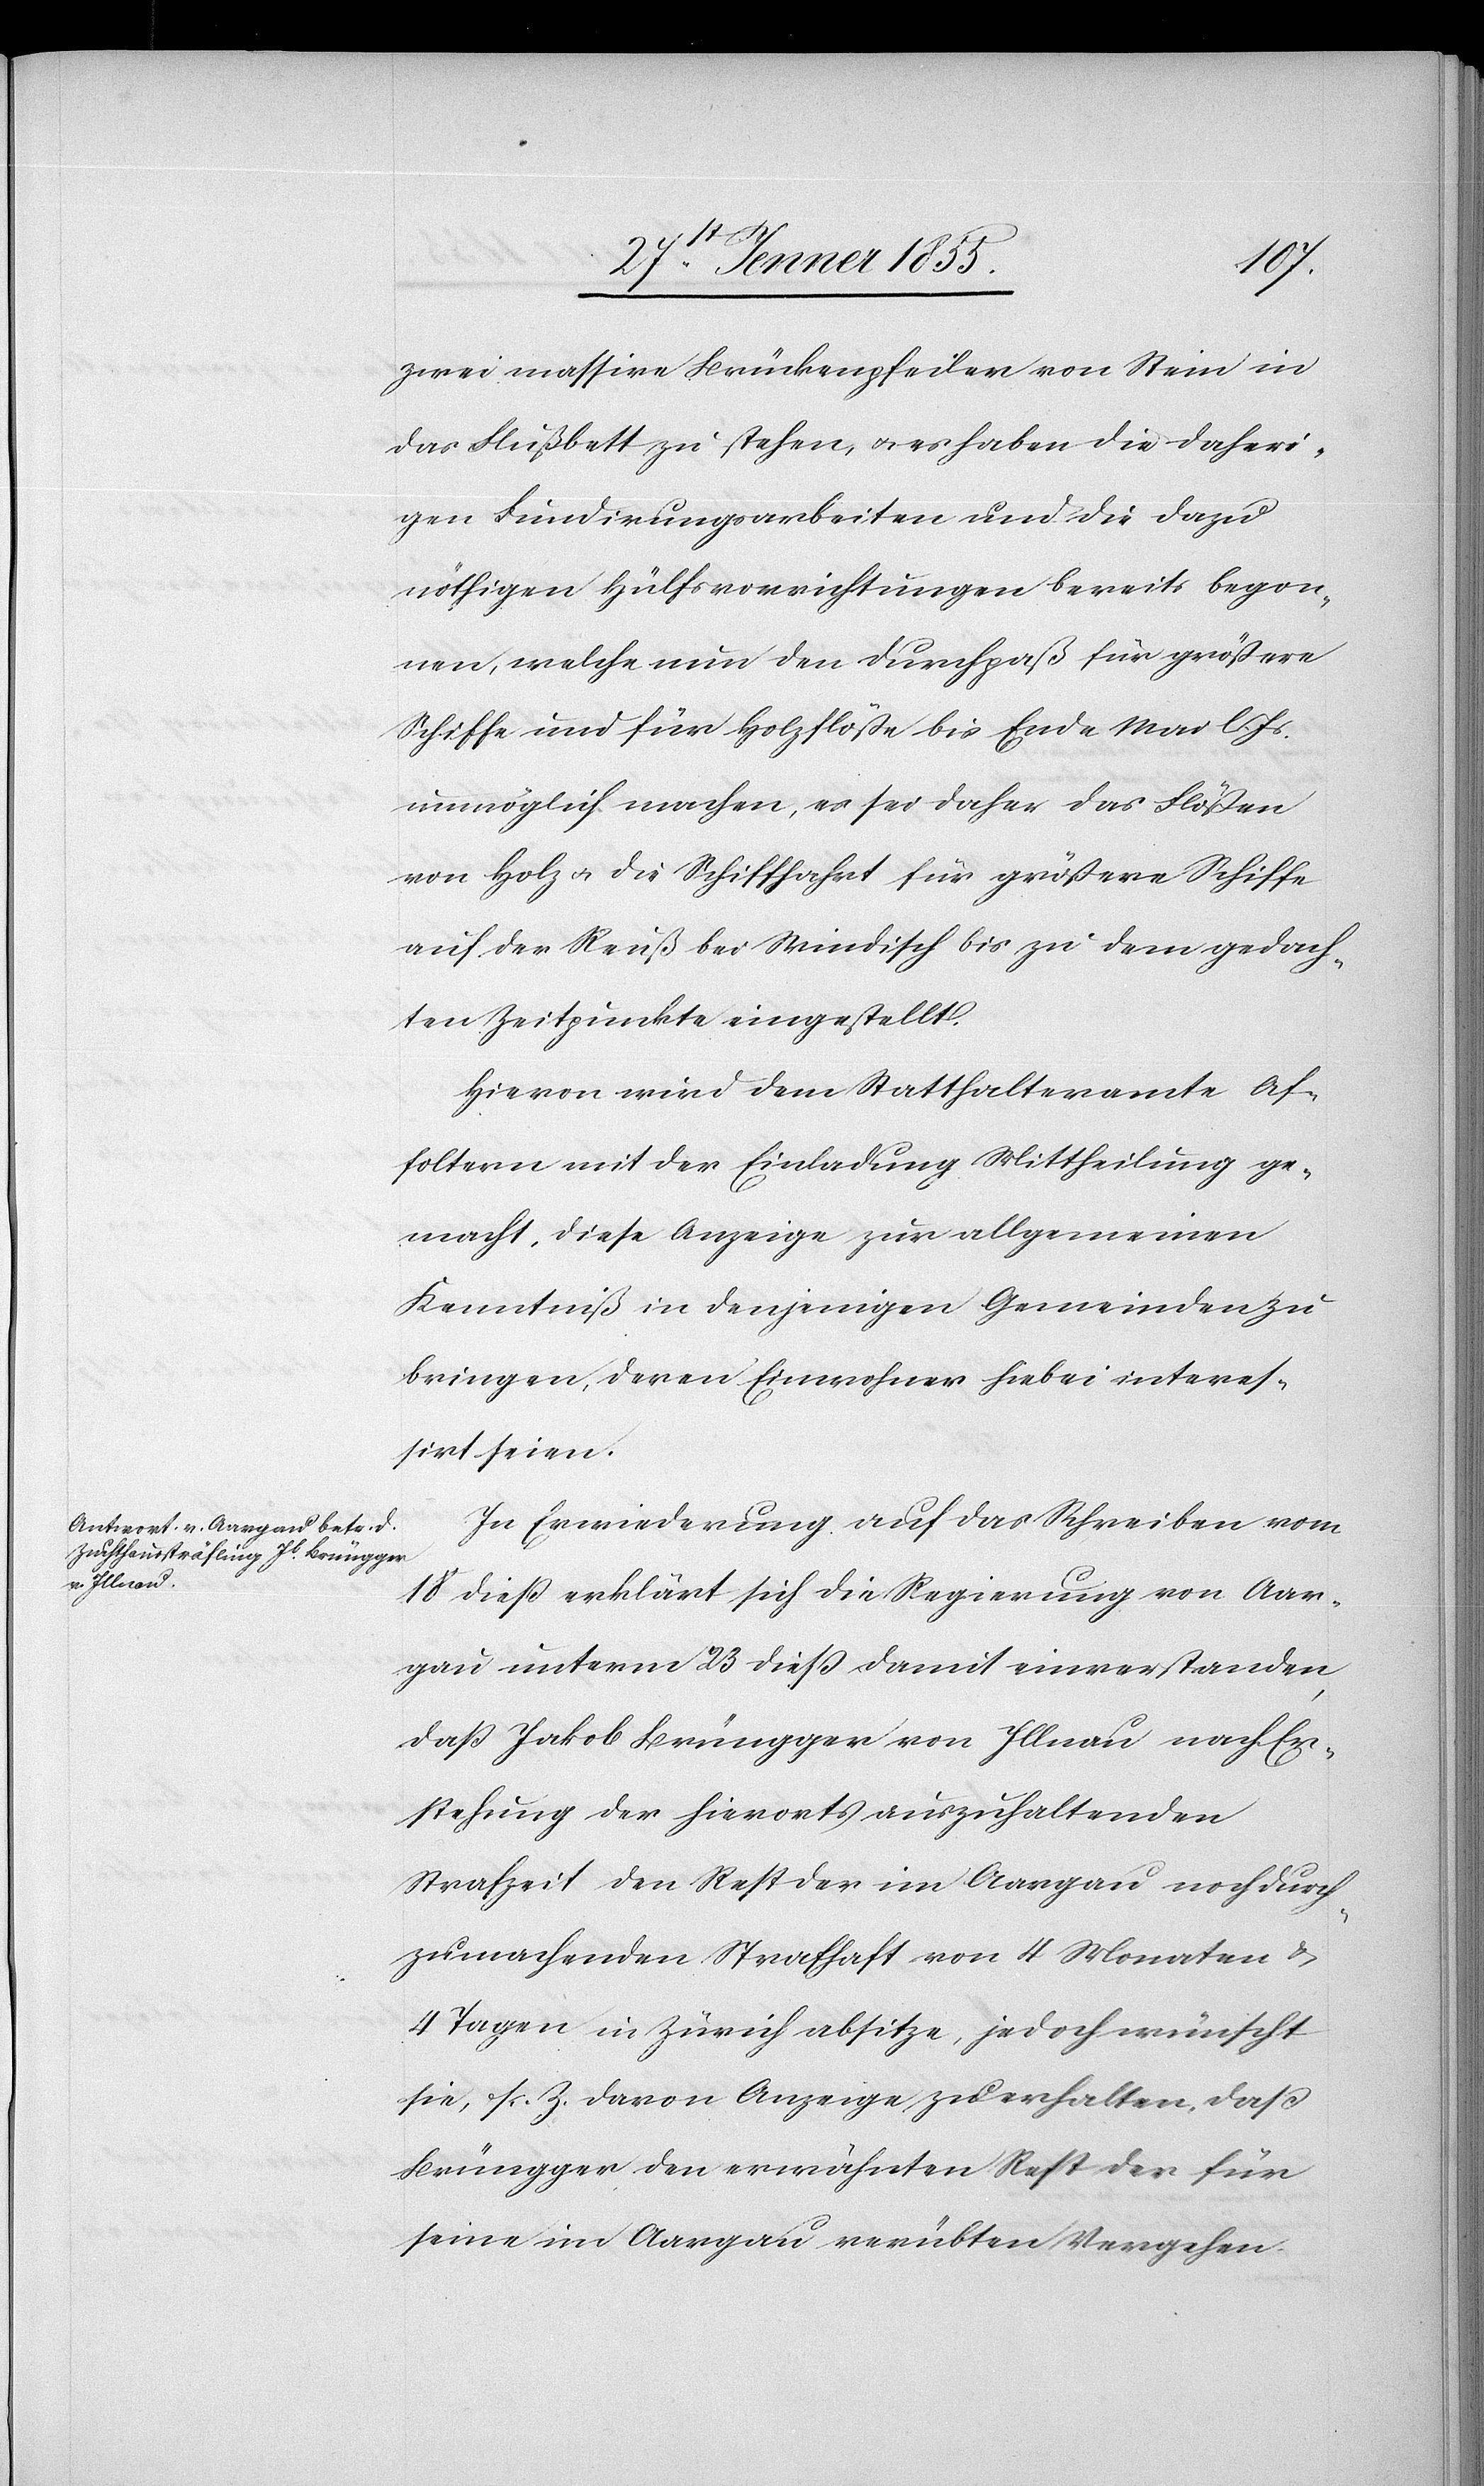
zwei massive Brückenpfeiler von Stein in
das Flußbett zu stehen, & es haben die daheri¬
gen Fundirungsarbeiten und die dazu
nöthigen Hülfsvorrichtungen bereits begon¬
nen, welche nun den Durchpaß für größere
Schiffe und für Holzflöße bis Ende Mai l. Js.
unmöglich machen, es sei daher das Flößen
von Holz & die Schifffahrt für größere Schiffe
auf der Reuß bei Windisch bis zu dem gedach¬
ten Zeitpunkte eingestellt.
Hievon wird dem Statthalteramte Af¬
foltern mit der Einladung Mittheilung ge¬
macht, diese Anzeige zur allgemeinen
Kenntniß in denjenigen Gemeinden zu
bringen, deren Einwohner hiebei interes¬
sirt seien.
In Erwiederung auf das Schreiben vom
18 dieß erklärt sich die Regierung von Aar¬
gau unterm 23 dieß damit einverstanden,
daß Jakob Brüngger von Illnau nach Er¬
stehung der hierorts auszuhaltenden
Strafzeit den Rest der im Aargau noch durch¬
zumachenden Strafhaft von 4 Monaten &
4 Tagen in Zürich absitze, jedoch wünscht
sie, sr. Z. davon Anzeige zu erhalten, daß
Brüngger den erwähnten Rest der für
seine im Aargau verübten Vergehen